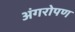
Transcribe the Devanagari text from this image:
अंगरोपण